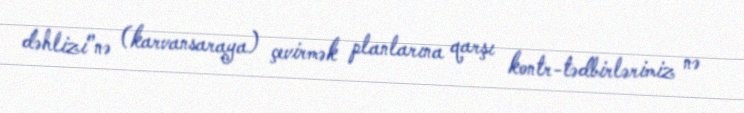
dəhlizi”nə (karvansaraya) çevirmək planlarına qarşı kontr-tədbirlərimiz nə